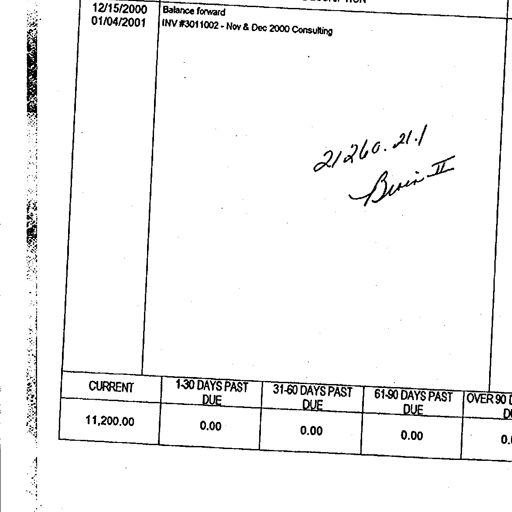
12/15/2000 Balance forward
01/04/2001 INV #3011002 - Nov & Dec 2000 Consulting

21260.21.1
Kevin II

CURRENT 1-30 DAYS PAST DUE 31-60 DAYS PAST DUE 61-90 DAYS PAST DUE OVER 90 DAYS DUE
11,200.00 0.00 0.00 0.00 0.0